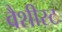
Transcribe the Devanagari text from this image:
वैशीस्ट